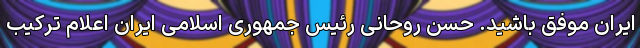
ایران موفق باشید. حسن روحانی رئیس جمهوری اسلامی ایران اعلام ترکیب